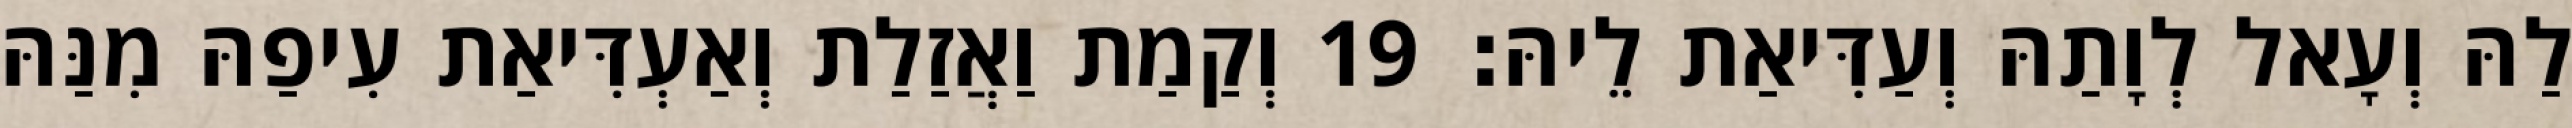
לַהּ וְעָאל לְוָתַהּ וְעַדִּיאַת לֵיהּ׃ 19 וְקַמַת וַאֲזַלַת וְאַעְדִּיאַת עִיפַהּ מִנַּהּ